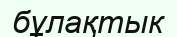
бұлақтык